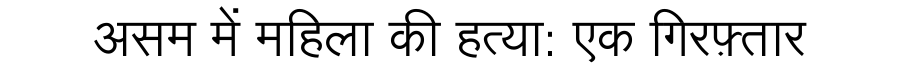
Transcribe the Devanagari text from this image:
असम में महिला की हत्या: एक गिरफ़्तार